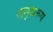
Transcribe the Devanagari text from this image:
समुच्चरूप